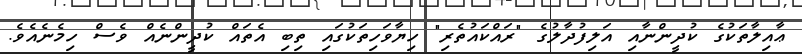
ޢާއިލާތަކުގެ ކުދީންނާއި އަލިފުދާލުގެ "ރައްކައުތެރި" ހިޔާވަހިތަކުގައި ތިބި އެތައް ކުދީންނެއް ވެސް ހިމެނެއެވެ.